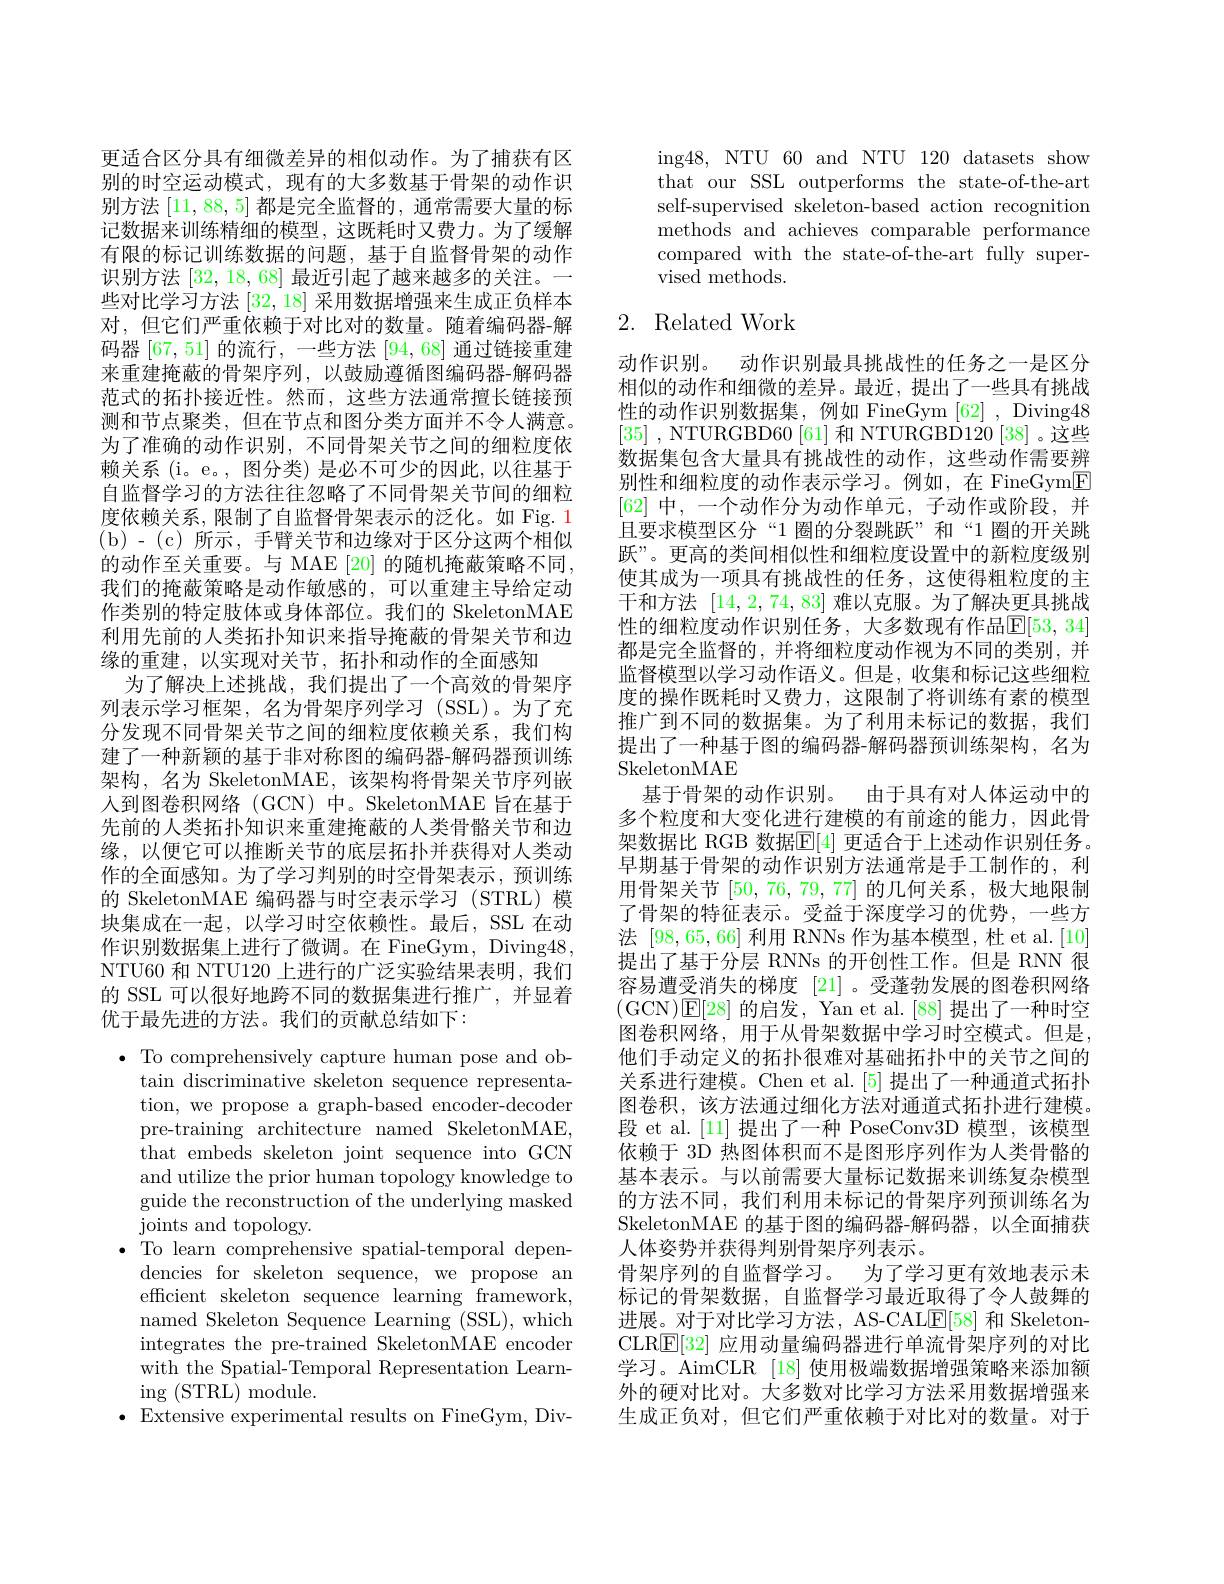
更适合区分具有细微差异的相似动作。为了捕获有区别的时空运动模式，现有的大多数基于骨架的动作识别方法|11,88,5|都是完全监督的，通常需要大量的标记数据来训练精细的模型，这既耗时又费力。为了缓解有限的标记训练数据的问题，基于自监督骨架的动作识别方法[32,18,68]最近引起了越来越多的关注。一些对比学习方法[32,18]采用数据增强来生成正负样本对，但它们严重依赖于对比对的数量。随着编码器-解码器[67,51]的流行，一些方法[94,68]通过链接重建来重建掩蔽的骨架序列，以鼓励遵循图编码器-解码器范式的拓扑接近性。然而，这些方法通常擅长链接预测和节点聚类，但在节点和图分类方面并不令人满意。为了准确的动作识别，不同骨架关节之间的细粒度依赖关系 (i。e。, 图分类) 是必不可少的因此，以往基于自监督学习的方法往往忽略了不同骨架关节间的细粒度依赖关系，限制了自监督骨架表示的泛化。如 Fig. 1 ( b) - ( c) 所示，手臂关节和边缘对于区分这两个相似的动作至关重要。与 MAE [20] 的随机掩蔽策略不同， 我们的掩蔽策略是动作敏感的，可以重建主导给定动作类别的特定肢体或身体部位。我们的 SkeletonMAE 利用先前的人类拓扑知识来指导掩蔽的骨架关节和边缘的重建，以实现对关节，拓扑和动作的全面感知
为了解决上述挑战，我们提出了一个高效的骨架序列表示学习框架，名为骨架序列学习(SSL)。为了充分发现不同骨架关节之间的细粒度依赖关系，我们构建了一种新颖的基于非对称图的编码器-解码器预训练架构，名为 SkeletonMAE, 该架构将骨架关节序列嵌人到图卷积网络(GCN)中。SkeletonMAE 旨在基于先前的人类拓扑知识来重建掩蔽的人类骨骼关节和边缘，以便它可以推断关节的底层拓扑并获得对人类动作的全面感知。为了学习判别的时空骨架表示，预训练的 SkeletonMAE 编码器与时空表示学习 (STRL) 模块集成在一起，以学习时空依赖性。最后，SSL 在动作识别数据集上进行了微调。在 FineGym, Diving48, NTU60 和 NTU120 上进行的广泛实验结果表明，我们的 SSL 可以很好地跨不同的数据集进行推广，并显着优于最先进的方法。我们的贡献总结如下：
$\bullet$ To comprehensively capture human pose and ob-
tain discriminative skeleton sequence representation, we propose a graph-based encoder-decoder pre-training architecture named SkeletonMAE, that embeds skeleton joint sequence into GCN and utilize the prior human topology knowledge to guide the reconstruction of the underlying masked joints and topology.
$\bullet$ To learn comprehensive spatial-temporal depen-
dencies for skeleton sequence, we propose an efficient skeleton sequence learning framework, named Skeleton Sequence Learning (SSL), which integrates the pre-trained SkeletonMAE encoder with the Spatial-Temporal Representation Learning (STRL$)\bmod$le.
$\bullet$ Extensive experimental results on FineGym, Div-

ing48, NTU 60 and NTU 120 datasets show that our SSL outperforms the state-of-the-art self-supervised skeleton-based action recognition methods and achieves comparable performance compared with the state-of-the-art fully supervised methods.

## 2. Related Work

动作识别。动作识别最具挑战性的任务之一是区分相似的动作和细微的差异。最近，提出了一些具有挑战性的动作识别数据集，例如 FineGym [62] , Diving48 [35] ,NTURGBD60[61]和 NTURGBD120[38]。这些数据集包含大量具有挑战性的动作，这些动作需要辨别性和细粒度的动作表示学习。例如，在 FineGym$\boxed{\mathrm{F}}$ [62]中，一个动作分为动作单元，子动作或阶段，并且要求模型区分“1 圈的分裂跳跃”和“1 圈的开关跳跃”。更高的类间相似性和细粒度设置中的新粒度级别使其成为一项具有挑战性的任务，这使得粗粒度的主干和方法[14,2,74,83]难以克服。为了解决更具挑战性的细粒度动作识别任务，大多数现有作品$\mathbb{E}[53,34]$ 都是完全监督的，并将细粒度动作视为不同的类别，并监督模型以学习动作语义。但是，收集和标记这些细粒度的操作既耗时又费力，这限制了将训练有素的模型推广到不同的数据集。为了利用未标记的数据，我们提出了一种基于图的编码器-解码器预训练架构，名为SkeletonMAE
基于骨架的动作识别。由于具有对人体运动中的多个粒度和大变化进行建模的有前途的能力，因此骨架数据比 RGB 数据$\mathbb{E}[4]$ 更适合于上述动作识别任务。早期基于骨架的动作识别方法通常是手工制作的，利用骨架关节[50,76,79,77]的几何关系，极大地限制了骨架的特征表示。受益于深度学习的优势，一些方法[98,65,66]利用 RNNs 作为基本模型，杜 et al.[10] 提出了基于分层 RNNs 的开创性工作。但是 RNN 很容易遭受消失的梯度 [21] 。受蓬勃发展的图卷积网络(GCN$)因[28]$的启发，Yan et al. [88] 提出了一种时空图卷积网络，用于从骨架数据中学习时空模式。但是他们手动定义的拓扑很难对基础拓扑中的关节之间的关系进行建模。Chen et al. [5] 提出了一种通道式拓扑图卷积，该方法通过细化方法对通道式拓扑进行建模。段 et al.[11] 提出了一种 PoseConv3D 模型，该模型依赖于 3D 热图体积而不是图形序列作为人类骨骼的基本表示。与以前需要大量标记数据来训练复杂模型的方法不同，我们利用未标记的骨架序列预训练名为SkeletonMAE 的基于图的编码器-解码器，以全面捕获人体姿势并获得判别骨架序列表示。
骨架序列的自监督学习。为了学习更有效地表示未标记的骨架数据，自监督学习最近取得了令人鼓舞的进展。对于对比学习方法，AS-CAL$\underline{\mathrm{E}}[58]$和 SkeletonCLR$\underline{\mathbb{E}}[32]$应用动量编码器进行单流骨架序列的对比学习。AimCLR [18] 使用极端数据增强策略来添加额外的硬对比对。大多数对比学习方法采用数据增强来生成正负对，但它们严重依赖于对比对的数量。对于